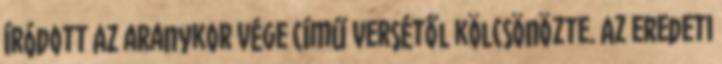
íródott Az aranykor vége című versétől kölcsönözte. Az eredeti